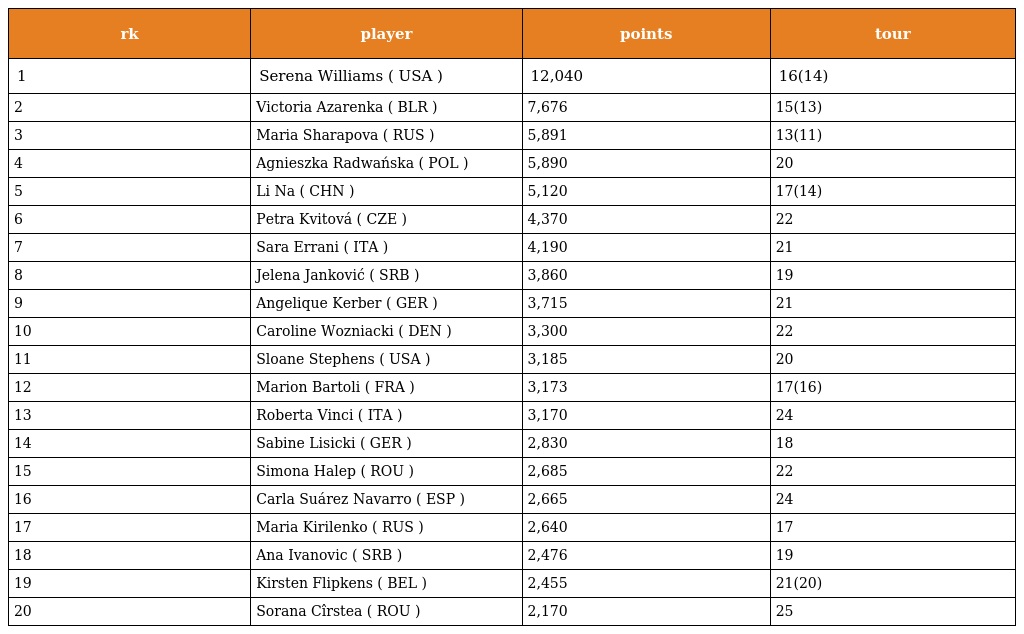
| rk | player | points | tour |
 | --- | --- | --- | --- |
 | 1 | Serena Williams ( USA ) | 12,040 | 16(14) |
 | 2 | Victoria Azarenka ( BLR ) | 7,676 | 15(13) |
 | 3 | Maria Sharapova ( RUS ) | 5,891 | 13(11) |
 | 4 | Agnieszka Radwańska ( POL ) | 5,890 | 20 |
 | 5 | Li Na ( CHN ) | 5,120 | 17(14) |
 | 6 | Petra Kvitová ( CZE ) | 4,370 | 22 |
 | 7 | Sara Errani ( ITA ) | 4,190 | 21 |
 | 8 | Jelena Janković ( SRB ) | 3,860 | 19 |
 | 9 | Angelique Kerber ( GER ) | 3,715 | 21 |
 | 10 | Caroline Wozniacki ( DEN ) | 3,300 | 22 |
 | 11 | Sloane Stephens ( USA ) | 3,185 | 20 |
 | 12 | Marion Bartoli ( FRA ) | 3,173 | 17(16) |
 | 13 | Roberta Vinci ( ITA ) | 3,170 | 24 |
 | 14 | Sabine Lisicki ( GER ) | 2,830 | 18 |
 | 15 | Simona Halep ( ROU ) | 2,685 | 22 |
 | 16 | Carla Suárez Navarro ( ESP ) | 2,665 | 24 |
 | 17 | Maria Kirilenko ( RUS ) | 2,640 | 17 |
 | 18 | Ana Ivanovic ( SRB ) | 2,476 | 19 |
 | 19 | Kirsten Flipkens ( BEL ) | 2,455 | 21(20) |
 | 20 | Sorana Cîrstea ( ROU ) | 2,170 | 25 |